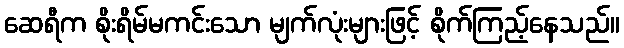
ဆေရီက စိုးရိမ်မကင်းသော မျက်လုံးများဖြင့် စိုက်ကြည့်နေသည်။